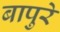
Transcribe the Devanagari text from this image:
बापुरे